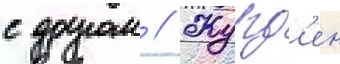
с другом // Журд'ен